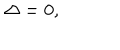
LaTeX: \Delta = 0 ,